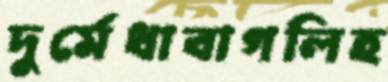
দুর্মেধাবাগলিহ